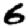
Digit: 6